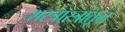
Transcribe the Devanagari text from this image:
शस्त्रास्त्रांतून